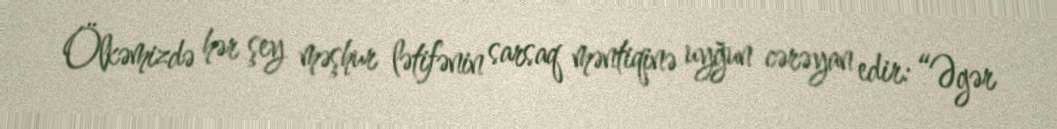
Ölkəmizdə hər şey məşhur lətifənin sarsaq məntiqinə uyğun cərəyan edir: “Əgər